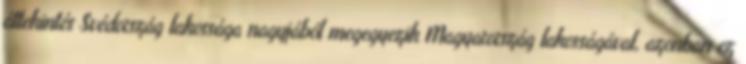
áttekintés Svédország lakossága nagyjából megegyezik Magyarország lakosságával, azonban ez